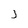
Character: J